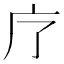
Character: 𭙏